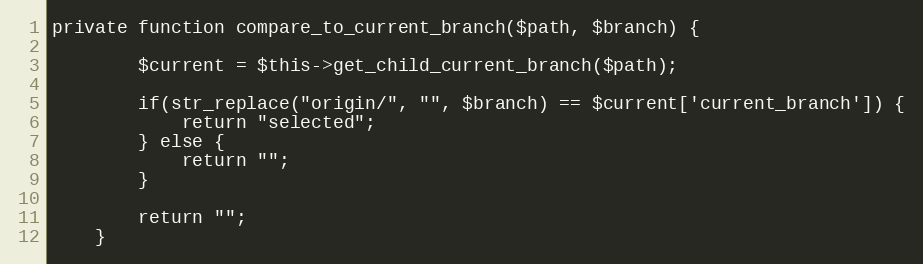
Language: PHP
private function compare_to_current_branch($path, $branch) {

		$current = $this->get_child_current_branch($path);

		if(str_replace("origin/", "", $branch) == $current['current_branch']) {
			return "selected";
		} else {
			return "";
		}

		return "";
	}